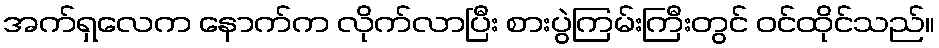
အက်ရှလေက နောက်က လိုက်လာပြီး စားပွဲကြမ်းကြီးတွင် ဝင်ထိုင်သည်။